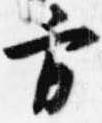
方